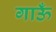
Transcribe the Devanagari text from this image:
गाऊँ